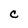
Character: C